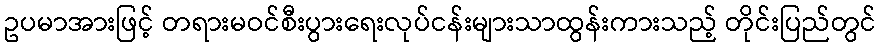
ဥပမာအားဖြင့် တရားမဝင်စီးပွားရေးလုပ်ငန်းများသာထွန်းကားသည့် တိုင်းပြည်တွင်